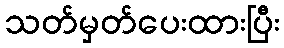
သတ်မှတ်ပေးထားပြီး